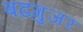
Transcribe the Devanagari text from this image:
बढगुजर